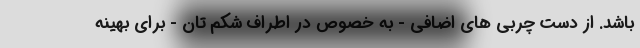
باشد. از دست چربی های اضافی - به خصوص در اطراف شکم تان - برای بهینه